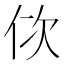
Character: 佽